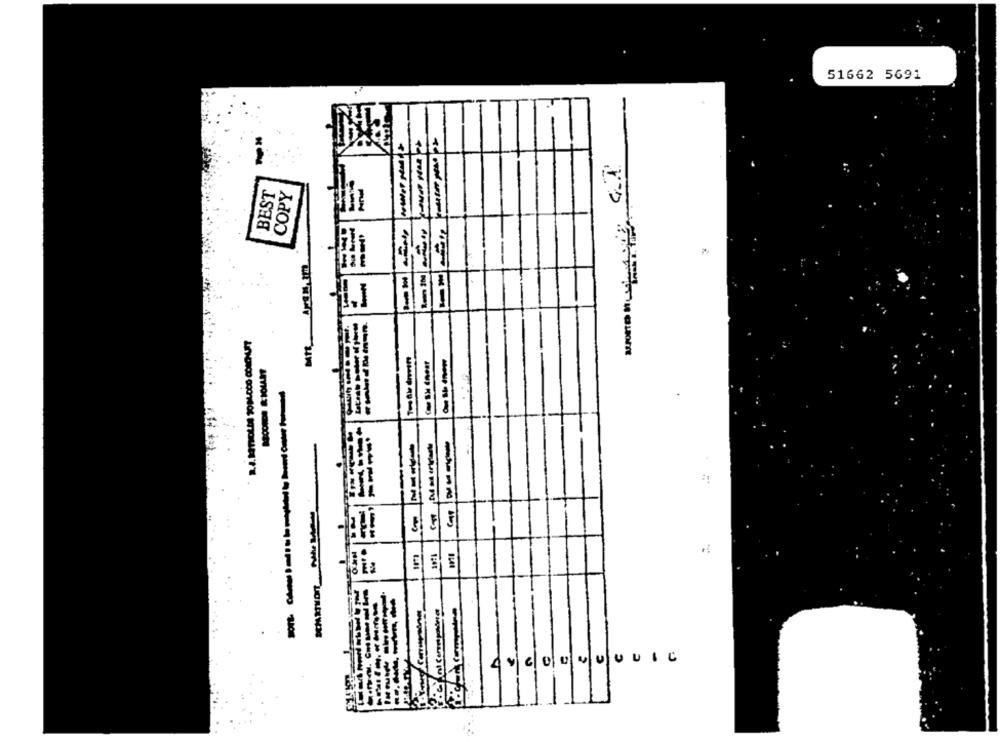
51662 5691
BEST
COPY
i:
124₺
--
UUUIC
4 9